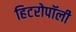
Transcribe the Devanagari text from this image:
हिटरोपॉली